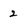
Character: 2